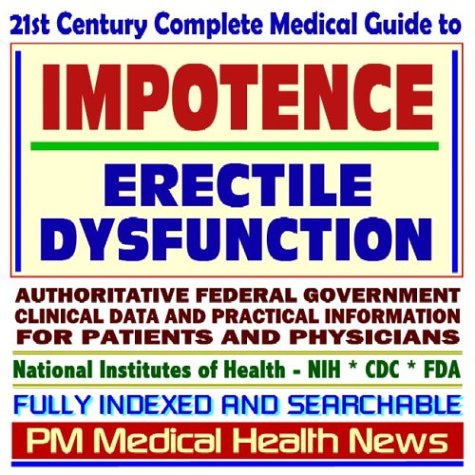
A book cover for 21st Century Complete Medical Guide to Impotence and Erectile Dysfunction (ED), Drug Therapy (Viagra, Levitra, Cialis), Authoritative Government ... for Patients and Physicians (CD-ROM); PM Medical Health News; Health, Fitness & Dieting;